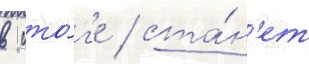
в ито́г'е / ста́н'ет